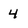
Character: 4